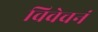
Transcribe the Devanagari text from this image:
विवेचनं